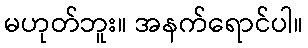
မဟုတ်ဘူး။ အနက်ရောင်ပါ။